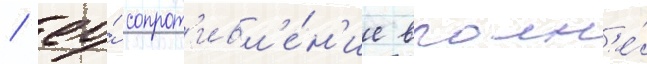
/ ео́ сопрот'ивл'е́н'ие вполн'е́